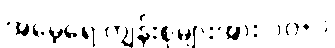
အမေ့ရေ ကျွန်းစုများအား ၁၀+၁